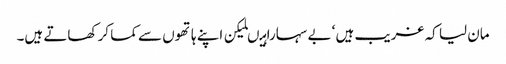
مان لیا کہ غریب ہیں ‘ بے سہارا ہیںلیکن اپنے ہاتھوں سے کما کر کھاتے ہیں۔